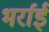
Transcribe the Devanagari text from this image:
भर्राई